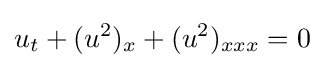
u_{t}+(u^{2})_{x}+(u^{2})_{xxx}=0